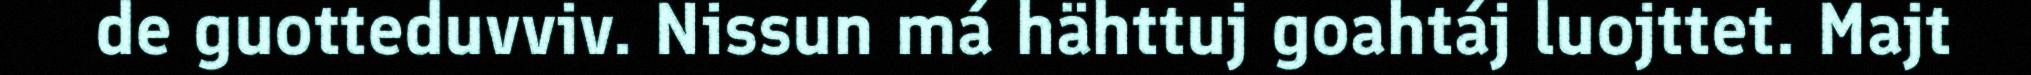
de guotteduvviv. Nissun má hähttuj goahtáj luojttet. Majt